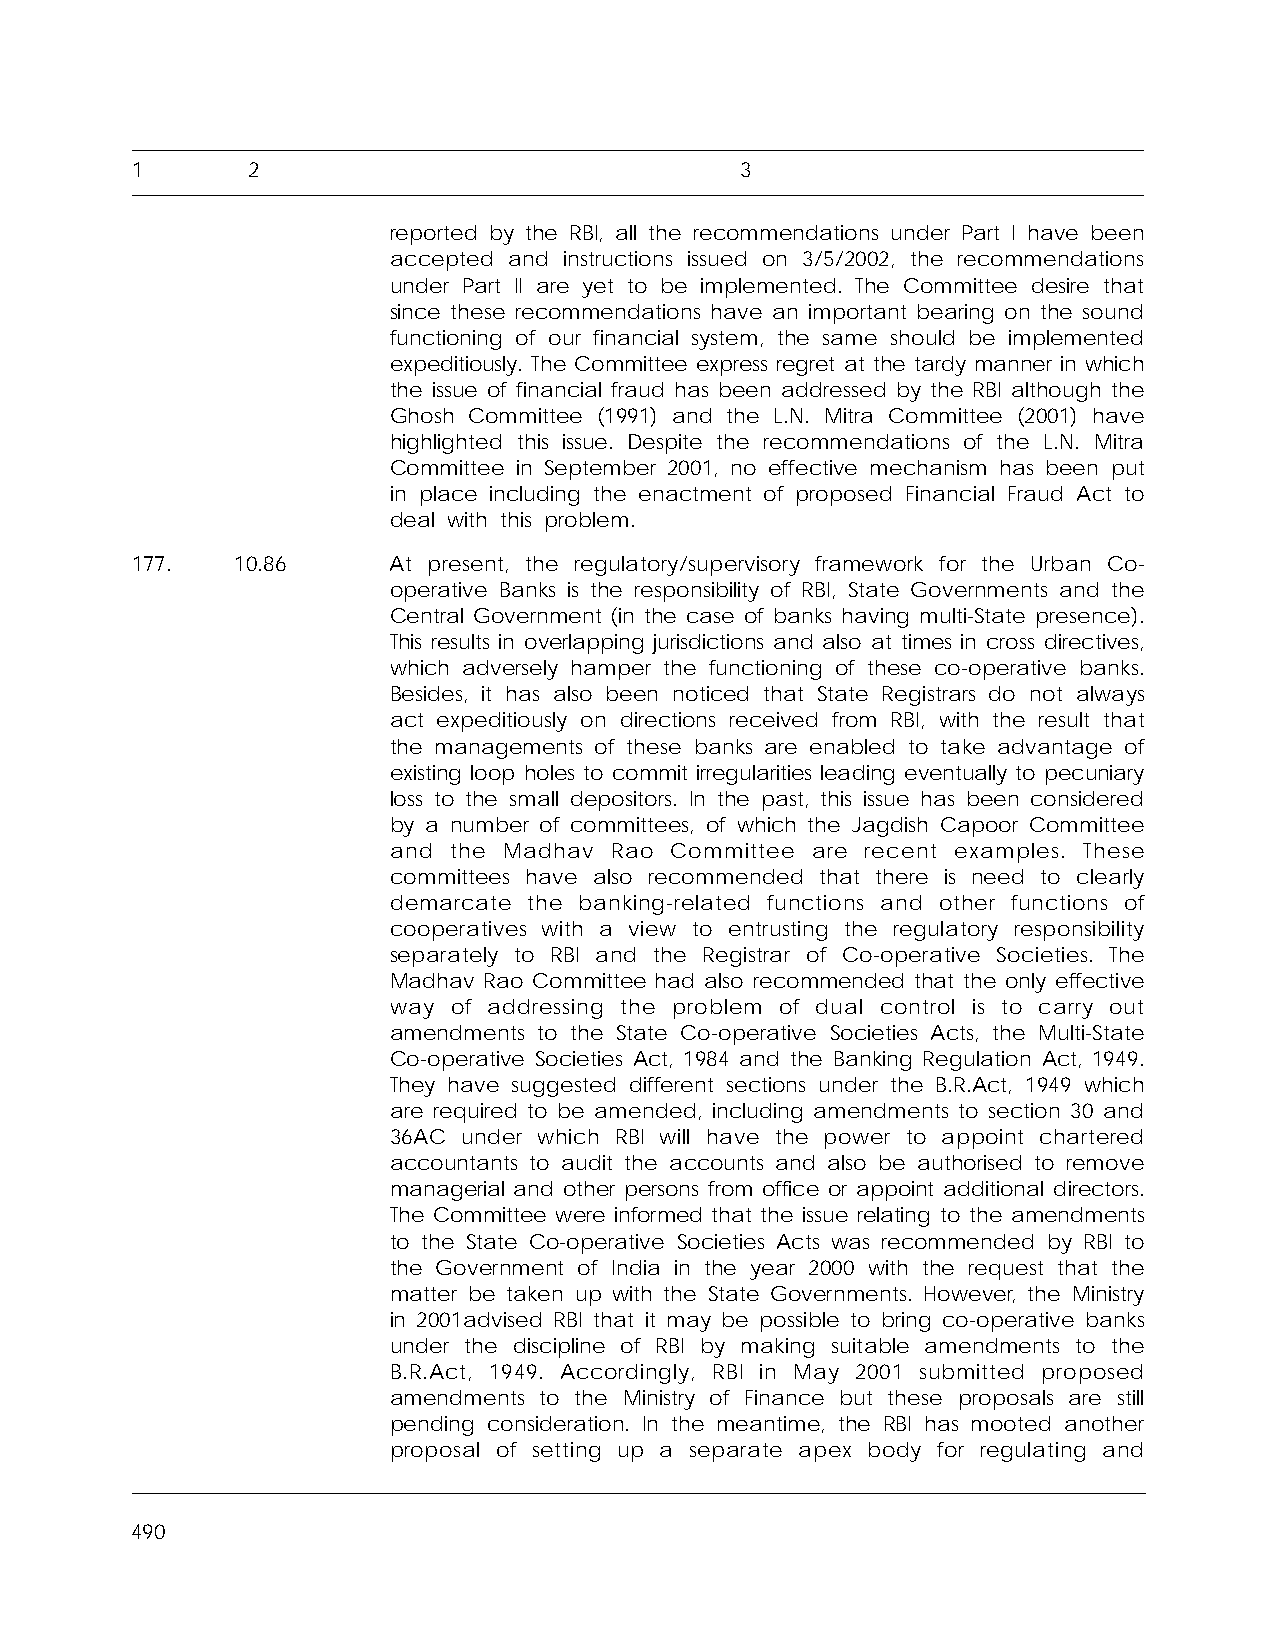
1      2                                3
 reported by the RBI, all the recommendations under Part I have been
 accepted and instructions issued on 3/5/2002, the recommendations
 under Part II are yet to be implemented. The Committee desire that
 since these recommendations have an important bearing on the sound
 functioning of our financial system, the same should be implemented
 expeditiously. The Committee express regret at the tardy manner in which
 the issue of financial fraud has been addressed by the RBI although the
 Ghosh Committee (1991) and the L.N. Mitra Committee (2001) have
 highlighted this issue. Despite the recommendations of the L.N. Mitra
 Committee in September 2001, no effective mechanism has been put
 in place including the enactment of proposed Financial Fraud Act to
 deal with this problem.
 177.   10.86     At present, the regulatory/supervisory framework for the Urban Co-
 operative Banks is the responsibility of RBI, State Governments and the
 Central Government (in the case of banks having multi-State presence).
 This results in overlapping jurisdictions and also at times in cross directives,
 which adversely hamper the functioning of these co-operative banks.
 Besides, it has also been noticed that State Registrars do not always
 act expeditiously on directions received from RBI, with the result that
 the managements of these banks are enabled to take advantage of
 existing loop holes to commit irregularities leading eventually to pecuniary
 loss to the small depositors. In the past, this issue has been considered
 by a number of committees, of which the Jagdish Capoor Committee
 and the Madhav Rao Committee are recent examples. These
 committees have also recommended that there is need to clearly
 demarcate the banking-related functions and other functions of
 cooperatives with a view to entrusting the regulatory responsibility
 separately to RBI and the Registrar of Co-operative Societies. The
 Madhav Rao Committee had also recommended that the only effective
 way of addressing the problem of dual control is to carry out
 amendments to the State Co-operative Societies Acts, the Multi-State
 Co-operative Societies Act, 1984 and the Banking Regulation Act, 1949.
 They have suggested different sections under the B.R.Act, 1949 which
 are required to be amended, including amendments to section 30 and
 36AC under which RBI will have the power to appoint chartered
 accountants to audit the accounts and also be authorised to remove
 managerial and other persons from office or appoint additional directors.
 The Committee were informed that the issue relating to the amendments
 to the State Co-operative Societies Acts was recommended by RBI to
 the Government of India in the year 2000 with the request that the
 matter be taken up with the State Governments. However, the Ministry
 in 2001advised RBI that it may be possible to bring co-operative banks
 under the discipline of RBI by making suitable amendments to the
 B.R.Act, 1949. Accordingly, RBI in May 2001 submitted proposed
 amendments to the Ministry of Finance but these proposals are still
 pending consideration. In the meantime, the RBI has mooted another
 proposal of setting up a separate apex body for regulating and
 490